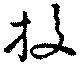
投